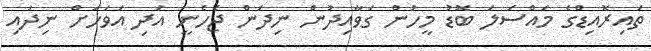
ތައިރޮއިޑްގެ މައްސަލަ ބޮޑު މީހުން ގަވާއިދުން ނިދަން ޖެހެނީ އަދި އަވަހަށް ނިދައި